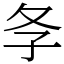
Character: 𡕕